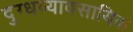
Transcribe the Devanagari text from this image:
दुग्धव्यावसायिक